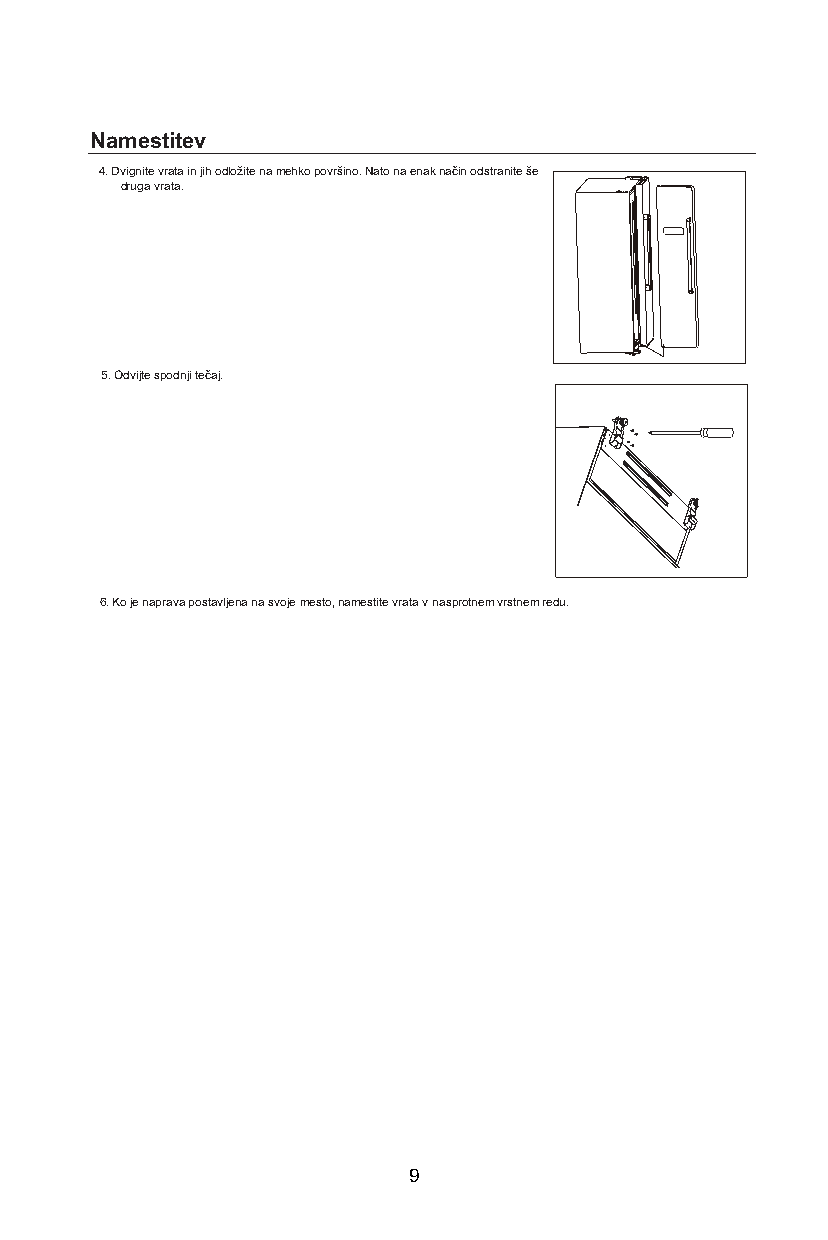
Namestitev
 4. Dvignite vrata in jih odložite na mehko površino. Nato na enak način odstranite še
 druga vrata.
 5. Odvijte spodnji tečaj.
 6. Ko je naprava postavljena na svoje mesto, namestite vrata v nasprotnem vrstnem redu.
 9